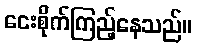
ငေးစိုက်ကြည့်နေသည်။